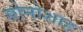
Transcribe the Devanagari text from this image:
सोनोशाह